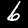
Digit: 6